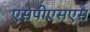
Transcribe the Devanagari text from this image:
एसपीएसएस